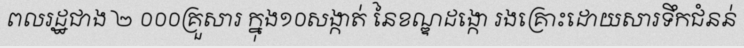
ពលរដ្ឋជាង ២ ០០០គ្រួសារ ក្នុង១០សង្កាត់ នៃខណ្ឌដង្កោ រងគ្រោះដោយសារទឹកជំនន់